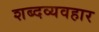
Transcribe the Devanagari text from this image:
शब्दव्यवहार